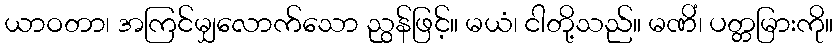
ယာဝတာ၊ အကြင်မျှလောက်သော ညွန်ဖြင့်။ မယံ၊ ငါတို့သည်။ မဏိံ၊ ပတ္တမြားကို။